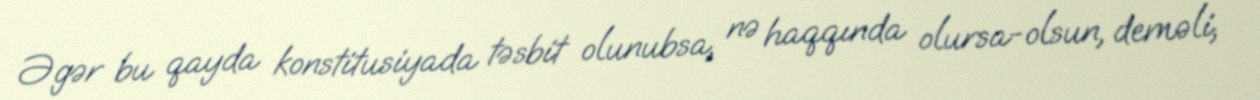
Əgər bu qayda konstitusiyada təsbit olunubsa, nə haqqında olursa-olsun, deməli,